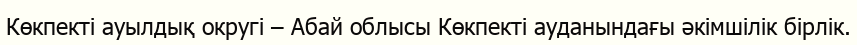
Көкпекті ауылдық округі – Абай облысы Көкпекті ауданындағы әкімшілік бірлік.